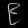
Digit: ၉